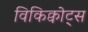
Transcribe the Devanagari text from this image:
विकिक्वोट्स